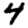
Digit: 4